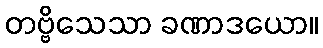
တဗ္ဗိသေသာ ခဏာဒယော။